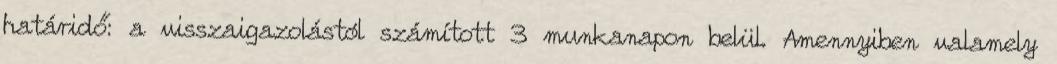
határidő: a visszaigazolástól számított 3 munkanapon belül. Amennyiben valamely